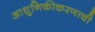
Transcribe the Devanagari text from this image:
आधुनिकीकरणाची